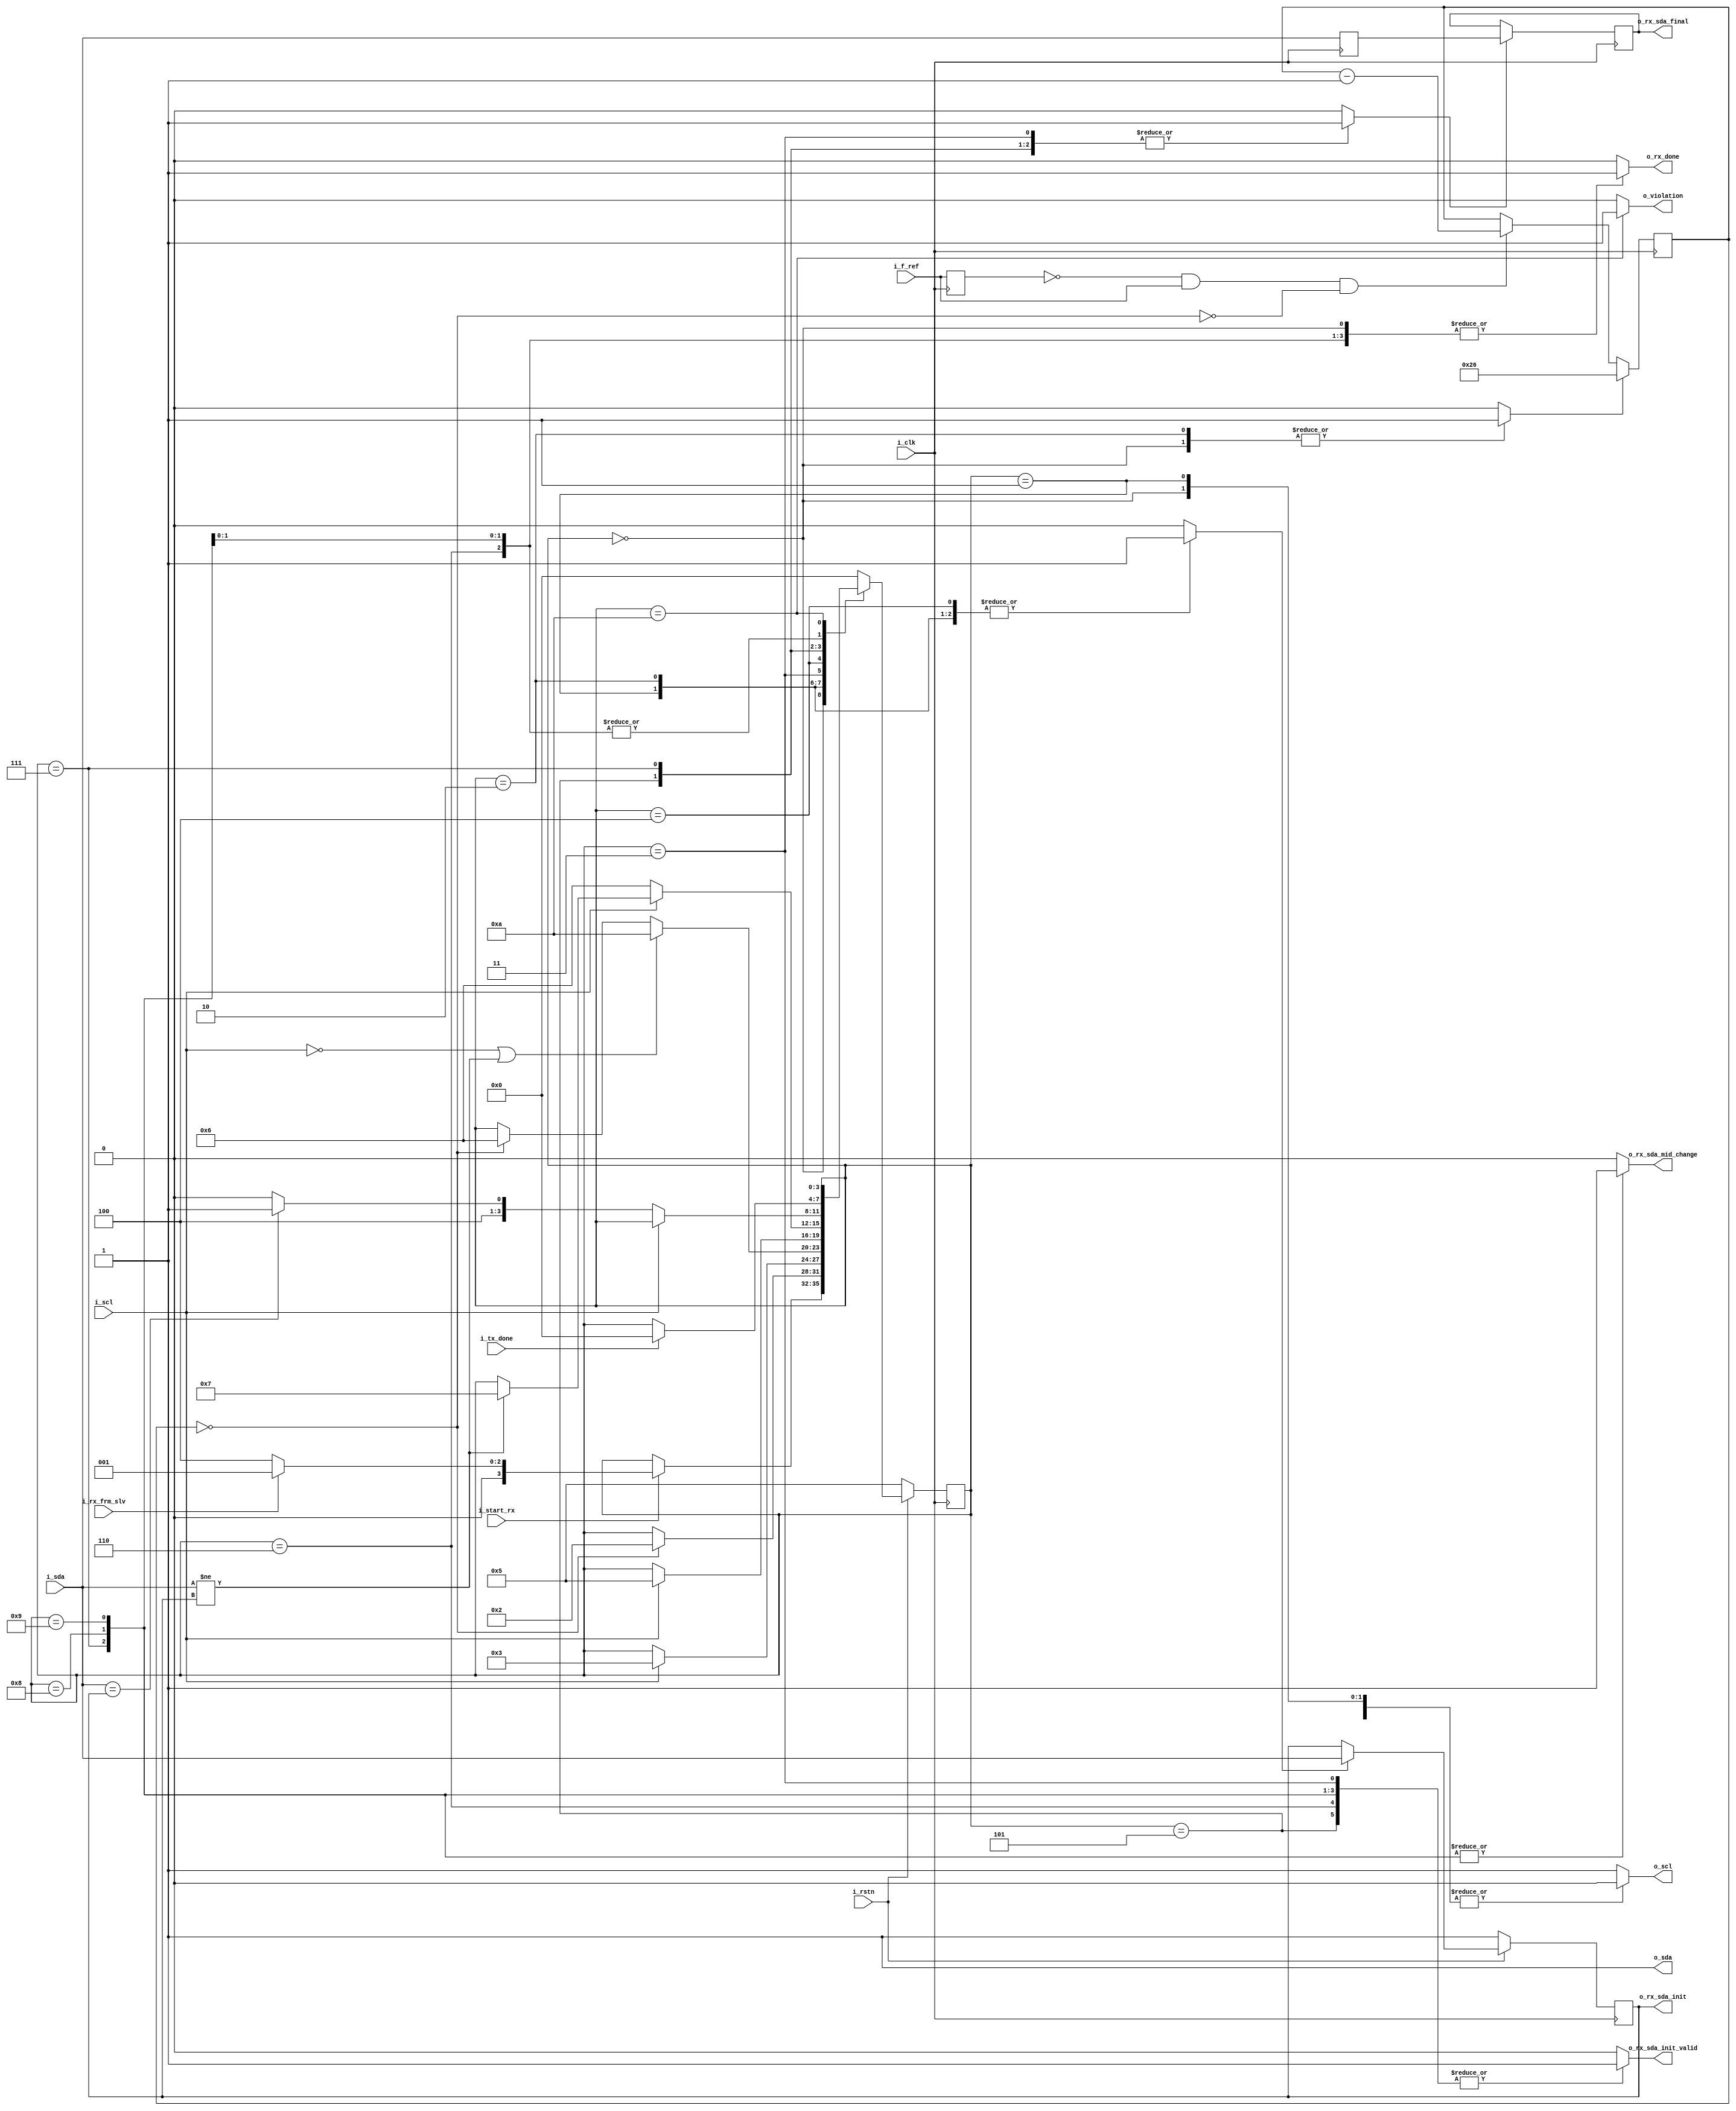
//////////////////////////////////////////////////////////////////////////////
//Copyright 2021 Sergy Pretetsky
//
//Permission is hereby granted, free of charge, to any person obtaining a 
//copy of this software and associated documentation files (the "Software"),
//to deal in the Software without restriction, including without 
//limitation the rights to use, copy, modify, merge, publish, distribute,
//sublicense, and/or sell copies of the Software, and to permit persons to
//whom the Software is furnished to do so, subject to the following 
//conditions:
//
//The above copyright notice and this permission notice shall be included 
//in all copies or substantial portions of the Software.
//
//THE SOFTWARE IS PROVIDED "AS IS", WITHOUT WARRANTY OF ANY KIND, 
//EXPRESS OR IMPLIED, INCLUDING BUT NOT LIMITED TO THE WARRANTIES OF 
//MERCHANTABILITY, FITNESS FOR A PARTICULAR PURPOSE AND NONINFRINGEMENT. 
//IN NO EVENT SHALL THE AUTHORS OR COPYRIGHT HOLDERS BE LIABLE FOR ANY CLAIM,
//DAMAGES OR OTHER LIABILITY, WHETHER IN AN ACTION OF CONTRACT, TORT OR 
//OTHERWISE, ARISING FROM, OUT OF OR IN CONNECTION WITH THE SOFTWARE OR THE 
//USE OR OTHER DEALINGS IN THE SOFTWARE.
//////////////////////////////////////////////////////////////////////////////



module i2c_passthru_bitrx #(

	//F_REF values should always be at least 2.
	
	//number of periods of i_f_ref required for smbus timing
	//example: for t_r=1us ( rise time) and i_f_ref is 8mhz
	// 8mhz * 1us = 8
	// set to greater than 8
	parameter F_REF_T_LOW     = 38, // t_low clock low period minimum 
	                                //   (also used for
	                                //     t_buf   , t_hd:sta, t_su_sta, 
	                                //     t_su_sto, t_high             )
	
	//WIDTH required to binary count F_REF values above.
	// calculation: CEILING ( LOG2 ( F_REF+1) )

	parameter WIDTH_F_REF_T_LOW    = 6



)(
	input i_clk,  // clock
	input i_rstn, // synchronous active low reset
	
	input i_f_ref            ,

	
	input i_start_rx         ,
	input i_rx_frm_slv       ,
	input i_tx_done          ,

	input i_scl              ,
	input i_sda              ,
	
	output reg o_rx_sda_init_valid,
	output reg o_rx_sda_init      ,
	output reg o_rx_sda_mid_change,
	output reg o_rx_sda_final     ,
	
	
	output reg o_scl         ,
	output reg o_sda         ,
	output reg o_rx_done     ,
	output reg o_violation
);
	reg [3:0] state, nxt_state;
	//reg rx_frm_slv, nxt_rx_frm_slv;
	
	
	reg nxt_rx_sda_init  ;   //o_rx_sda_init  
	reg nxt_rx_sda_final ;   //o_rx_sda_final 
	

	reg prev_f_ref;
	wire pulse_ref;
	
	reg [WIDTH_F_REF_T_LOW -1:0]  timer_t_low    , nxt_timer_t_low    ; //timers
	wire timer_t_low_tc ; // terminal count for timers	
	reg  timer_t_low_rst; // resets for timers
	
	reg set_sda_init;
	reg set_sda_final;
	
	reg in_sda_buf;
	
	assign 	pulse_ref = ~prev_f_ref && i_f_ref;
	assign timer_t_low_tc     = timer_t_low     == 0;
	
	
	always @(*) begin
		if( timer_t_low_rst )                  nxt_timer_t_low = F_REF_T_LOW;
		else if( pulse_ref && ~timer_t_low_tc) nxt_timer_t_low = timer_t_low - 1'b1;
		else                                   nxt_timer_t_low = timer_t_low;
	end
	
	
	always @(*) begin
		if( set_sda_init ) nxt_rx_sda_init = i_sda;
		else               nxt_rx_sda_init = o_rx_sda_init;
	end
	
	always @(*) begin
		if( set_sda_final ) nxt_rx_sda_final = in_sda_buf;
		else                nxt_rx_sda_final = o_rx_sda_final;
	end
	
	
	
	
	localparam ST_IDLE                 = 0 ;
	localparam ST_SCL0_A_FRM_SLV       = 1 ; //o_scl and i_scl 0
	localparam ST_SCL0_B_FRM_SLV       = 2 ; //o_scl is 1, waiting for i_scl to rise
	localparam ST_SCL1_INIT_FRM_SLV    = 3 ; //mid init part of transaction from slave
	localparam ST_SCL0                 = 4 ; //o_scl is 1, waiting for i_scl to rise
	localparam ST_SCL1_INIT            = 5 ; //mid init part of transaction from master
	localparam ST_SCL1_INIT_DONE       = 6 ; //transaction done, init only
	localparam ST_SCL1_MID             = 7 ; //transferring to mid part of transaction (mid sda change, only frm master)
	localparam ST_SCL1_MID_DONE        = 8 ; //transaction done, init and mid sda change
	localparam ST_SCL1_FIN_DONE        = 9 ; //transferring to fin part of transaction (mid sda change twice, wait for done)
	localparam ST_VIOLATION            = 10; //violation detected
	
	
	always @(*) begin
		//default else case
		nxt_state = state;
		
		//nxt_rx_frm_slv = rx_frm_slv;
		timer_t_low_rst = 0;
		
		set_sda_init   = 0;
		set_sda_final  = 0;
		
		o_scl       = 1   ;
		o_sda       = 1   ;
		
		o_rx_sda_init_valid = 0;
		o_rx_sda_mid_change = 0;
		
		o_rx_done   = 0   ;
		o_violation = 0   ;
		
		case( state) 
			ST_IDLE             : 
			begin
			
				o_scl            = 0   ;
				o_sda            = 1   ;
				o_rx_done        = 1   ;
				timer_t_low_rst  = 1   ;
				//nxt_rx_frm_slv   = i_rx_frm_slv;
				
				if( i_start_rx)  begin
					if( i_rx_frm_slv) nxt_state = ST_SCL0_A_FRM_SLV;
					else              nxt_state = ST_SCL0;
				
				end
				
			end
			
			ST_SCL0_A_FRM_SLV           : 
			begin
				o_scl            = 0   ;
				o_sda            = 1   ;
				set_sda_init     = 1;
				if( timer_t_low_tc) nxt_state = ST_SCL0_B_FRM_SLV;
			end
			   
			ST_SCL0_B_FRM_SLV           : 
			begin
				o_scl            = 1 ;
				o_sda            = 1 ;
				set_sda_init     = 1 ;
				timer_t_low_rst  = 1 ;
				if( i_scl) begin
					nxt_state = ST_SCL1_INIT_FRM_SLV;
				end
			end
			   
			ST_SCL1_INIT_FRM_SLV: 
			begin
				o_scl            = 1 ;
				o_sda            = 1 ;
				o_rx_sda_init_valid = 1;
				set_sda_final       = 1;
				
				if( ~i_scl || (i_sda != o_rx_sda_init) ) nxt_state = ST_VIOLATION;
				else if( timer_t_low_tc )                nxt_state = ST_SCL1_INIT_DONE;
			end
			
			ST_SCL0:
			begin
				o_scl            = 1 ;
				o_sda            = 1 ;
				set_sda_init     = 1 ;
				//timer_t_low_rst  = 1 ;
				if( i_scl) begin
					nxt_state = ST_SCL1_INIT;
				end
			
			end
			   
			ST_SCL1_INIT        : 
			begin
				o_scl            = 1 ;
				o_sda            = 1 ;
				o_rx_sda_init_valid = 1;
				set_sda_final       = 1;
				
				if( ~i_scl)                      nxt_state = ST_SCL1_INIT_DONE;
				else if( i_sda != o_rx_sda_init) nxt_state = ST_SCL1_MID ;
			end
			   
			ST_SCL1_INIT_DONE   : 
			begin
				o_rx_done        = 1 ;
				o_scl            = 0 ;
				o_sda            = 1 ;
				o_rx_sda_init_valid = 1;
				
				if( i_tx_done) nxt_state = ST_IDLE;
				
			end
			   
			ST_SCL1_MID         : 
			begin
				o_scl            = 1 ;
				o_sda            = 1 ;
				o_rx_sda_init_valid = 1;
				o_rx_sda_mid_change = 1;
				set_sda_final = 1;
				
				if( ~i_scl) begin
					if( i_sda == o_rx_sda_init) nxt_state = ST_SCL1_FIN_DONE;
					else                        nxt_state = ST_SCL1_MID_DONE;
				end
			end
			   
			ST_SCL1_MID_DONE    : 
			begin
				o_rx_done        = 1 ;
				o_scl            = 0 ;
				o_sda            = 1 ;
				o_rx_sda_init_valid = 1;
				o_rx_sda_mid_change = 1;
				
				
				if( i_tx_done) nxt_state = ST_IDLE;
			end
			   
			ST_SCL1_FIN_DONE         : 
			begin
				o_rx_done        = 1 ;
				o_scl            = 0 ;
				o_sda            = 1 ;
				o_rx_sda_init_valid = 1;
				o_rx_sda_mid_change = 1;
				
				if( i_tx_done) nxt_state = ST_IDLE;
				
			end
			   
			ST_VIOLATION        : 
			begin
				o_violation = 1;
			end
			

			default:
			begin
				nxt_state = ST_IDLE;
			end

		endcase
	
	end
	
	
	
	
	
	
	//sequential logic that requires reset
	always @(posedge i_clk) begin
		if( i_rstn) begin
			state          <= nxt_state;
			o_rx_sda_init  <= nxt_rx_sda_init ;

		end
		else begin
			//start state assume bus is idle and main ctrl switches master to this module
			state          <= ST_SCL1_INIT;
			o_rx_sda_init  <= 1'b1 ;

		end
	
	end
	
	
	//sequential logic without reset
	always @(posedge i_clk) begin
		//rx_frm_slv        <= nxt_rx_frm_slv  ;
		prev_f_ref        <= i_f_ref         ;
		timer_t_low       <= nxt_timer_t_low ;
		//o_rx_sda_init     <= nxt_rx_sda_init ;
		o_rx_sda_final    <= nxt_rx_sda_final;
		in_sda_buf        <= i_sda;
		
		
	end
	
	
	
	
	
	


endmodule